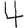
Digit: 4